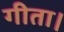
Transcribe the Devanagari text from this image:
गीता।